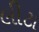
લીટા